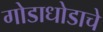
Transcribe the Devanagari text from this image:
गोडाधोडाचे